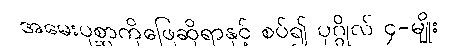
အမေးပုစ္ဆာကိုဖြေဆိုရာနှင့် စပ်၍ ပုဂ္ဂိုလ် ၄-မျိုး